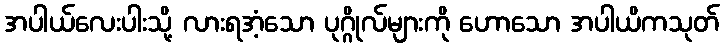
အပါယ်လေးပါးသို့ လားရအံ့သော ပုဂ္ဂိုလ်များကို ဟောသော အပါယိကသုတ်